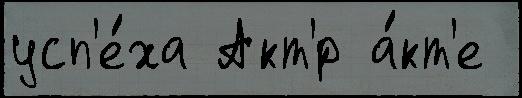
усп'е́ха Акт'́р а́кт'е